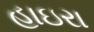
હાઇરા